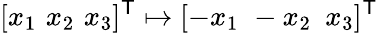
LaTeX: [x_{1}\, \, x_{2}\, \, x_{3}]^{\mathsf{T}}\mapsto[-x_{1}\, \, -x_{2}\, \, \, x_{3}]^{\mathsf{T}}